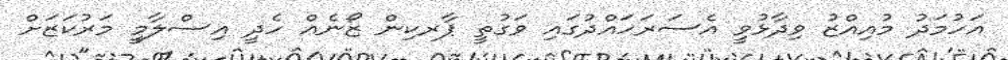
އަހުމަދު މުއިއްޒު ވިދާޅުވީ އެސަރަހައްދުގައި ވަގުތީ ޕާރކިން ޒޯނެއް ހެދީ އިސްލާމީ މަރުކަޒަށް